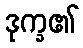
ဒုက္ခ၏